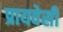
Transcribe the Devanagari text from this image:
प्रायवेसी